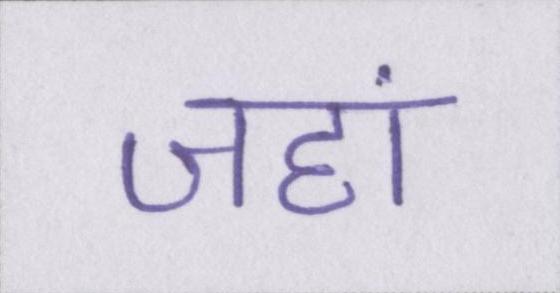
जहां